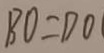
B O = D O